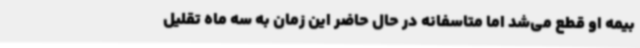
بیمه او قطع می‌شد اما متاسفانه در حال حاضر این زمان به سه ماه تقلیل